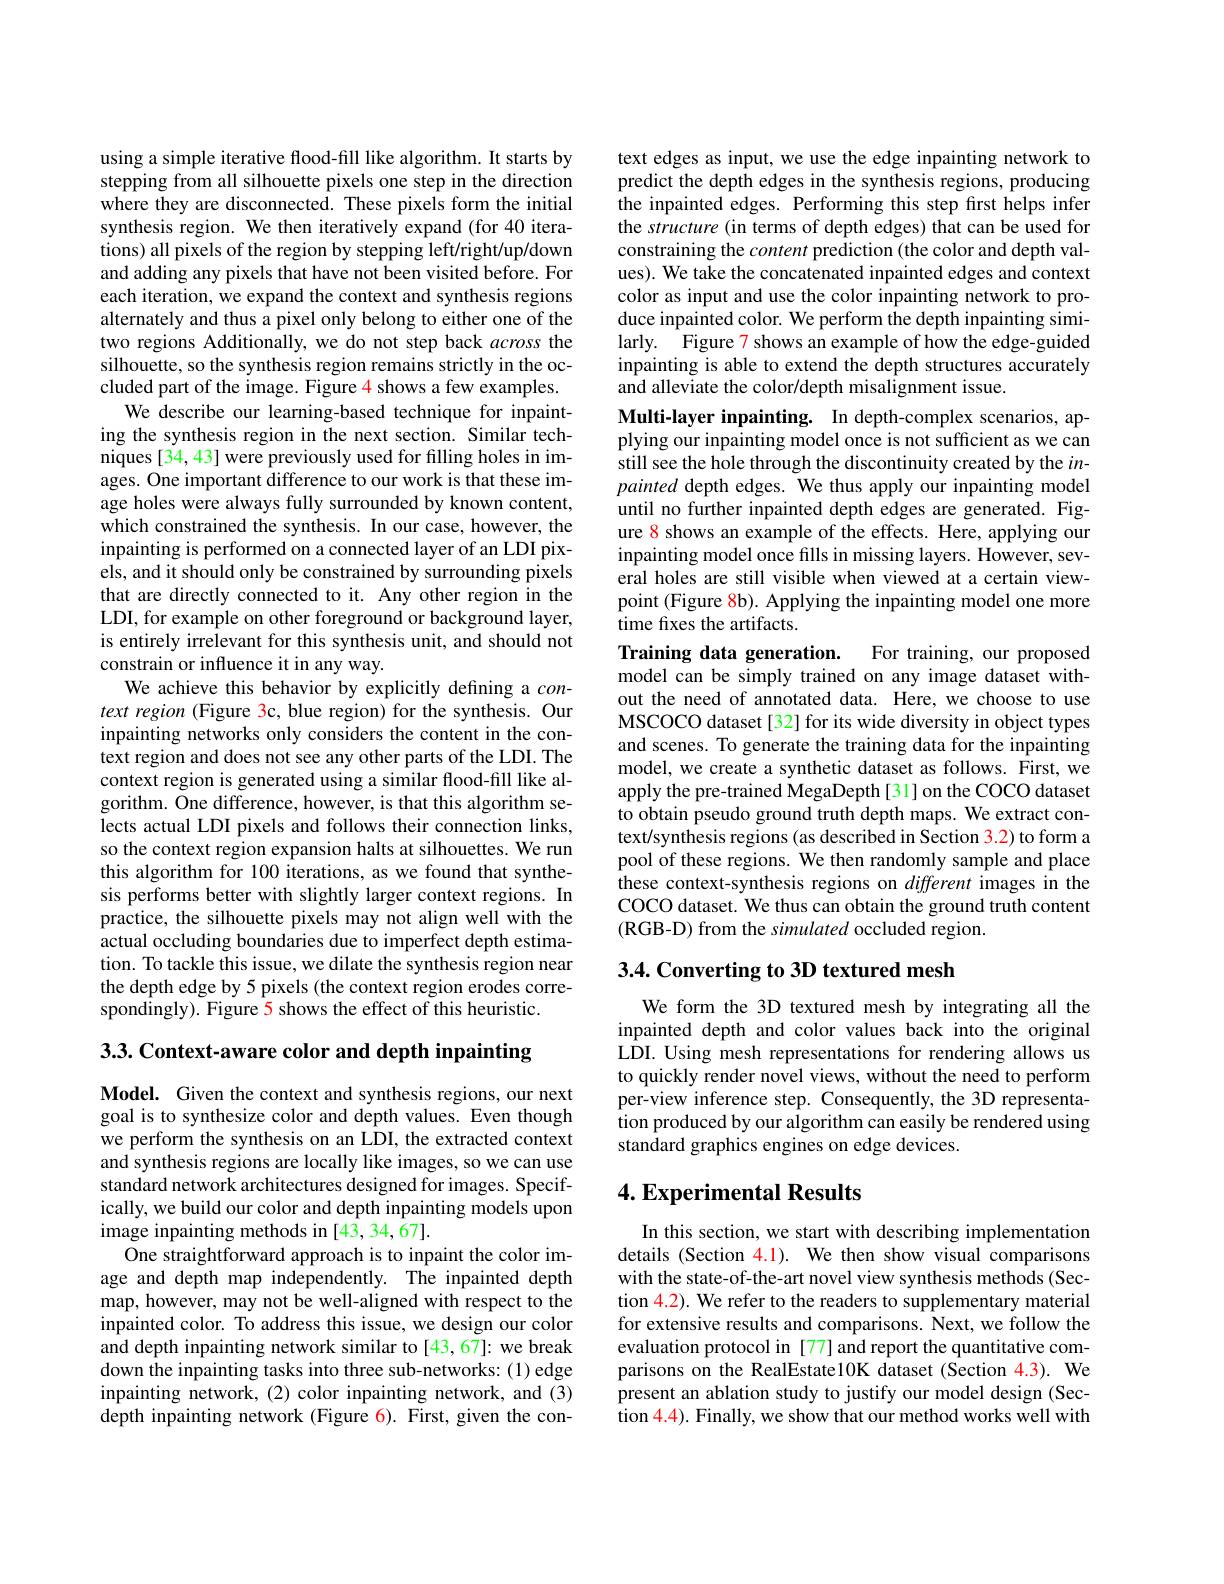
using a simple iterative flood-fill like algorithm. It starts by stepping from all silhouette pixels one step in the direction where they are disconnected. These pixels form the initial synthesis region. We then iteratively expand (for 40 iterations) all pixels of the region by stepping left/right/up/down and adding any pixels that have not been visited before. For each iteration, we expand the context and synthesis regions alternately and thus a pixel only belong to either one of the two regions Additionally, we do not step back across the silhouette, so the synthesis region remains strictly in the occluded part of the image. Figure 4 shows a few examples.
We describe our learning-based technique for inpainting the synthesis region in the next section. Similar techniques [34, 43] were previously used for filling holes in images. One important difference to our work is that these image holes were always fully surrounded by known content, which constrained the synthesis. In our case, however, the inpainting is performed on a connected layer of an LDI pixels, and it should only be constrained by surrounding pixels that are directly connected to it. Any other region in the LDI, for example on other foreground or background layer, is entirely irrelevant for this synthesis unit, and should not constrain or influence it in any way.
We achieve this behavior by explicitly defining a $con-$ text region (Figure 3c, blue region) for the synthesis. Our inpainting networks only considers the content in the context region and does not see any other parts of the LDI. The context region is generated using a similar flood-fill like algorithm. One difference, however, is that this algorithm selects actual LDI pixels and follows their connection links, so the context region expansion halts at silhouettes. We run this algorithm for 100 iterations, as we found that synthesis performs better with slightly larger context regions. In practice, the silhouette pixels may not align well with the actual occluding boundaries due to imperfect depth estimation. To tackle this issue, we dilate the synthesis region near the depth edge by 5 pixels (the context region erodes correspondingly). Figure 5 shows the effect of this heuristic. 3.3. Context-aware color and depth inpainting

Model. Given the context and synthesis regions, our next goal is to synthesize color and depth values. Even though we perform the synthesis on an LDI, the extracted context and synthesis regions are locally like images, so we can use standard network architectures designed for images. Specifically, we build our color and depth inpainting models upon image inpainting methods in [43, 34, 67].
One straightforward approach is to inpaint the color image and depth map independently. The inpainted depth $\tilde{\text{map, however, may not be well-aligned with respect to the}}$ inpainted color. To address this issue, we design our color and depth inpainting network similar to [43,67]: we break down the inpainting tasks into three sub-networks: (1) edge inpainting network, (2) color inpainting network, and (3) depth inpainting network (Figure 6). First, given the con-

text edges as input, we use the edge inpainting network to predict the depth edges in the synthesis regions, producing the inpainted edges. Performing this step first helps infer the structure (in terms of depth edges) that can be used for constraining the content prediction (the color and depth values). We take the concatenated inpainted edges and context color as input and use the color inpainting network to produce inpainted color. We perform the depth inpainting similarly. Figure 7 shows an example of how the edge-guided inpainting is able to extend the depth structures accurately and alleviate the color/depth misalignment issue.

Multi-layer inpainting. In depth-complex scenarios, applying our inpainting model once is not sufficient as we can still see the hole through the discontinuity created by the $in-$ painted depth edges. We thus apply our inpainting model until no further inpainted depth edges are generated. Figure 8 shows an example of the effects. Here, applying our inpainting model once fills in missing layers. However, several holes are still visible when viewed at a certain viewpoint (Figure 8b). Applying the inpainting model one more time fixes the artifacts.
Training data generation. For training, our proposed model can be simply trained on any image dataset without the need of annotated data. Here, we choose to use MSCOCO dataset[32] for its wide diversity in object types and scenes. To generate the training data for the inpainting model, we create a synthetic dataset as follows. First, we apply the pre-trained MegaDepth[31] on the COCO dataset to obtain pseudo ground truth depth maps. We extract context/synthesis regions (as described in Section 3.2) to form a pool of these regions. We then randomly sample and place these context-synthesis regions on different images in the COCO dataset. We thus can obtain the ground truth content (RGB-D) from the simulated occluded region.

### 3.4. Converting to 3D textured mesh

We form the 3D textured mesh by integrating all the inpainted depth and color values back into the original LDI. Using mesh representations for rendering allows us to quickly render novel views, without the need to perform per-view inference step. Consequently, the 3D representation produced by our algorithm can easily be rendered using standard graphics engines on edge devices.

## 4. Experimental Results

In this section, we start with describing implementation details (Section $\color{red}{4.1}).$ We then show visual comparisons with the state-of-the-art novel view synthesis methods (Section 4.2). We refer to the readers to supplementary material for extensive results and comparisons. Next, we follow the evaluation protocol in [77] and report the quantitative comparisons on the RealEstate10K dataset (Section 4.3). We present an ablation study to justify our model design (Section $\color{red}{4.4}$). Finally, we show that our method works well with